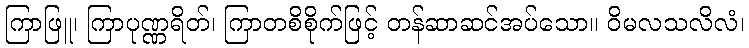
ကြာဖြူ၊ ကြာပုဏ္ဏရိတ်၊ ကြာတစိစိုက်ဖြင့် တန်ဆာဆင်အပ်သော။ ဝိမလသလိလံ၊